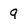
Character: 9